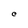
Character: C